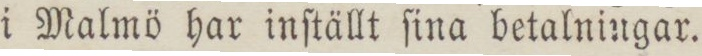
i Malmö har inſtällt ſina betalningar.